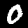
Label: 0